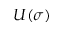
U ( \sigma )